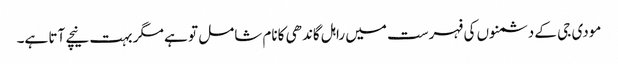
مودی جی کے دشمنوں کی فہرست میں راہل گاندھی کانام شامل تو ہے مگر بہت نیچے آتا ہے۔